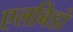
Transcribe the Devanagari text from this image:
एलबिडो